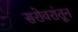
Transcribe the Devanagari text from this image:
सरोवरांतून